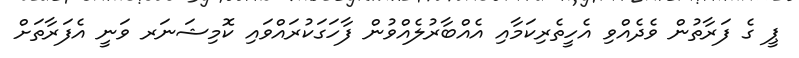
ޕީ ގެ ފަރާތުން ވެދެއްވި އެހީތެރިކަމާއި އެއްބާރުލެއްވުން ފާހަގަކުރައްވައި ކޮމިޝަނަރ ވަނީ އެފަރާތަށް